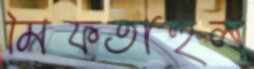
মিফতাহুল